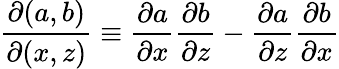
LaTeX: \frac{\partial(a,b)}{\partial(x,z)}\equiv{\frac{\partial a}{\partial x}\frac{\partial b}{\partial z}-\frac{\partial a}{\partial z}\frac{\partial b}{\partial x}}